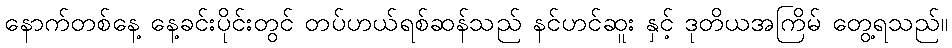
နောက်တစ်နေ့ နေ့ခင်းပိုင်းတွင် တပ်ဟယ်ရစ်ဆန်သည် နင်ဟင်ဆူး နှင့် ဒုတိယအကြိမ် တွေ့ရသည်။